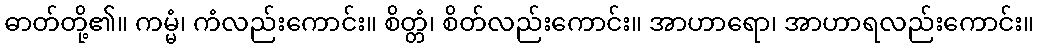
ဓာတ်တို့၏။ ကမ္မံ၊ ကံလည်းကောင်း။ စိတ္တံ၊ စိတ်လည်းကောင်း။ အာဟာရော၊ အာဟာရလည်းကောင်း။